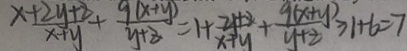
\frac { x + 2 y + 8 } { x + y } + \frac { 9 ( x + y ) } { y + z } = 1 + \frac { 2 y + z } { x + y } + \frac { 9 ( x + y ) } { y + z } \geq 1 + 6 = 7